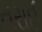
તરાઈ